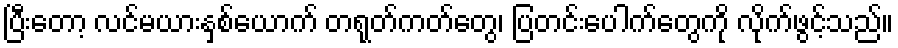
ပြီးတော့ လင်မယားနှစ်ယောက် တရုတ်ကတ်တွေ၊ ပြတင်းပေါက်တွေကို လိုက်ဖွင့်သည်။